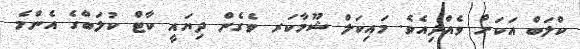
ކްލަބް އަކަށް ވެއްދިއެވެ. މައިކަލް ޝޫމާކަރ ވެގެން ދިޔައީ ކާޓް ކުލަބްގެ އެންމެ